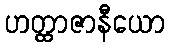
ဟတ္ထာဇာနီယော